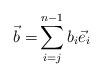
LaTeX: \begin{align*}\vec{b} =& \sum_{i=j}^{n-1} b_i \vec{e}_i \end{align*}